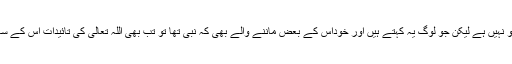
اس لئے نبوت کی بات تو نہیں ہے لیکن جو لوگ یہ کہتے ہیں اور خوداس کے بعض ماننے والے بھی کہ نبی تھا تو تب بھی اللہ تعالیٰ کی تائیدات اس کے ساتھ ہمیں نظر نہیں آرہیں۔